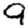
Digit: 9